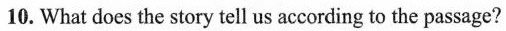
10.What does the story tell us according to the passage?